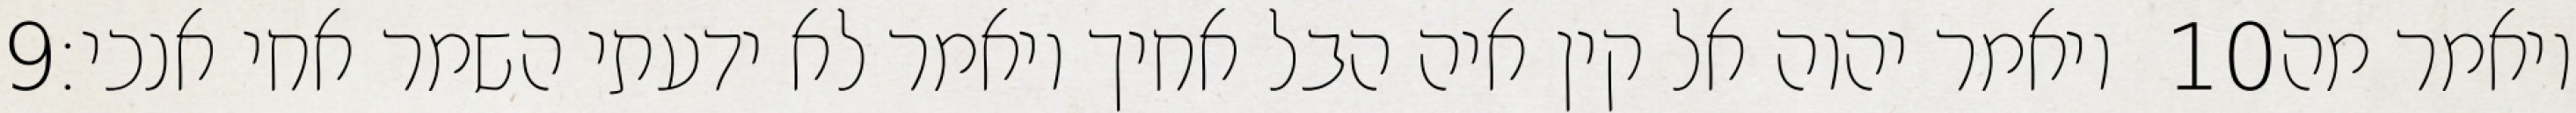
‎9‏ ויאמר יהוה אל קין איה הבל אחיך ויאמר לא ידעתי השמר אחי אנכי׃ ‎10‏ ויאמר מה